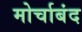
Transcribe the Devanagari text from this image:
मोर्चाबंद